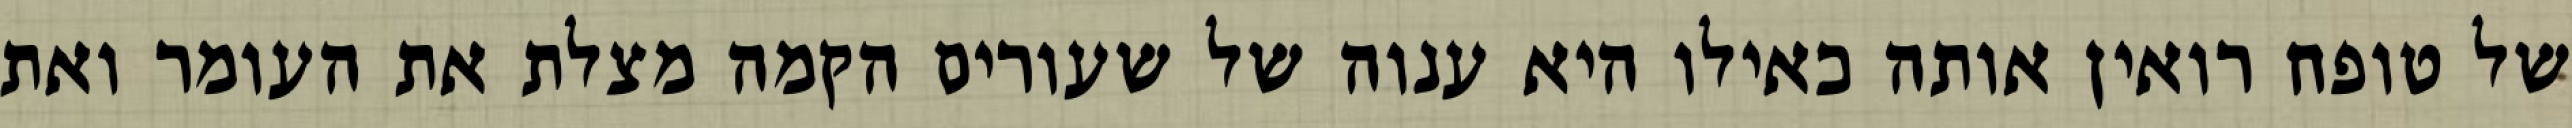
של טופח רואין אותה כאילו היא ענוה של שעורים הקמה מצלת את העומר ואת